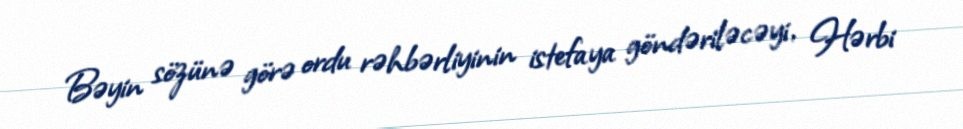
Bəyin sözünə görə ordu rəhbərliyinin istefaya göndəriləcəyi, Hərbi